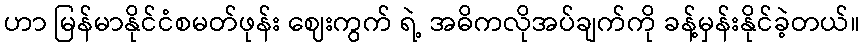
ဟာ မြန်မာနိုင်ငံစမတ်ဖုန်း ဈေးကွက် ရဲ့ အဓိကလိုအပ်ချက်ကို ခန့်မှန်းနိုင်ခဲ့တယ်။